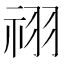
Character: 祤